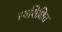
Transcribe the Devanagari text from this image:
स्वशिक्षित